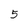
Character: 5